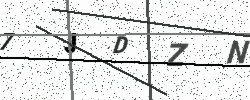
Text: 7JDZN